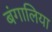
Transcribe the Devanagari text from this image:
बंगालिया